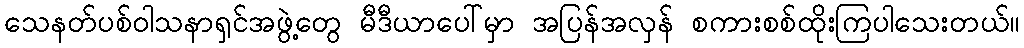
သေနတ်ပစ်ဝါသနာရှင်အဖွဲ့တွေ မီဒီယာပေါ်မှာ အပြန်အလှန် စကားစစ်ထိုးကြပါသေးတယ်။